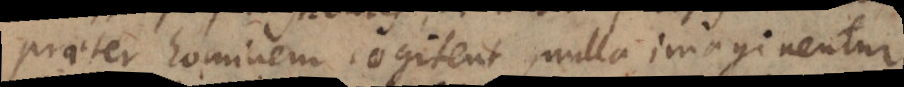
praeter hominem cogitent, nulla imaginentur,